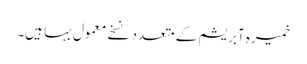
خمیرہ آبریشم کے متعدد نسخے معمول بہا ہیں۔